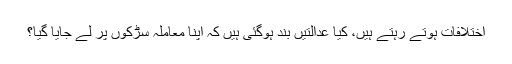
اختلافات ہوتے رہتے ہیں، کیا عدالتیں بند ہوگئی ہیں کہ اپنا معاملہ سڑکوں پر لے جایا گیا؟